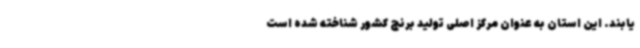
یابند. این استان به عنوان مرکز اصلی تولید برنج کشور شناخته شده است